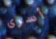
أسرى